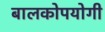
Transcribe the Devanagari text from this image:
बालकोपयोगी